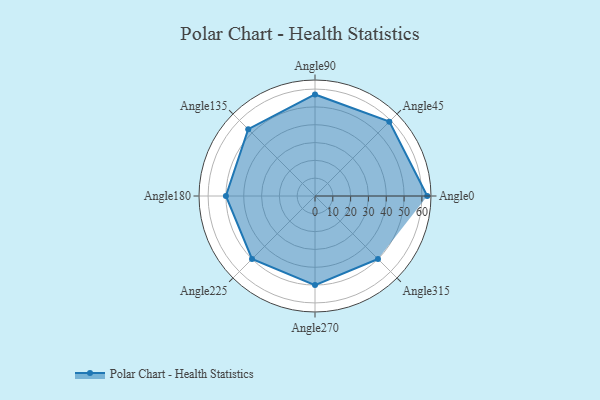
{"axis": {"x": "Angle", "y": "Radius"}, "legend": [""], "data": [{"x": "Angle0", "y": 63.0, "type": ""}, {"x": "Angle45", "y": 59.0, "type": ""}, {"x": "Angle90", "y": 57.0, "type": ""}, {"x": "Angle135", "y": 53.0, "type": ""}, {"x": "Angle180", "y": 50, "type": ""}, {"x": "Angle225", "y": 50, "type": ""}, {"x": "Angle270", "y": 50, "type": ""}, {"x": "Angle315", "y": 50, "type": ""}]}